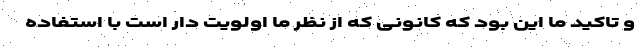
و تاکید ما این بود که کانونی که از نظر ما اولویت دار است با استفاده